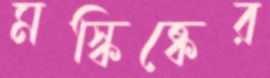
মস্কিষ্কের